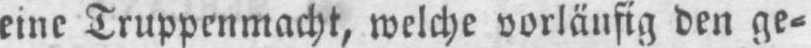
eine Truppenmacht, welche vorläufig den ge⸗